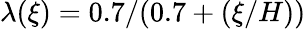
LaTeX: \lambda(\xi)=0.7/(0.7+(\xi/H))